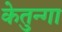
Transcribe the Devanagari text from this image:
केतुन्गा